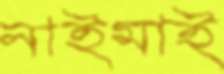
নাইমাই